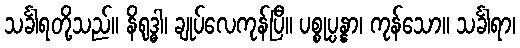
သင်္ခါရတို့သည်။ နိရုဒ္ဓါ၊ ချုပ်လေကုန်ပြီ။ ပစ္စုပ္ပန္နာ၊ ကုန်သော။ သင်္ခါရာ၊